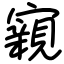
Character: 寴